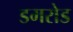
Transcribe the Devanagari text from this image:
डमरोड